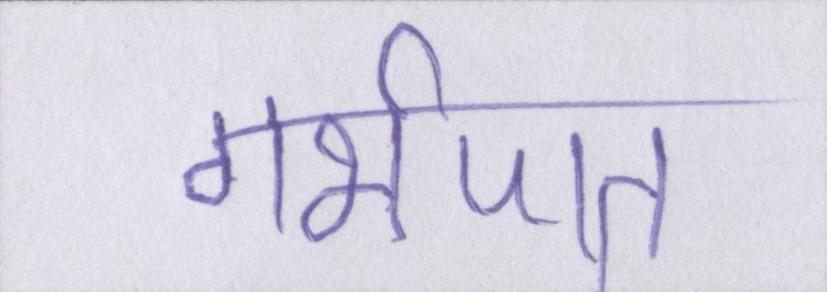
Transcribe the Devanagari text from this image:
गर्भपात